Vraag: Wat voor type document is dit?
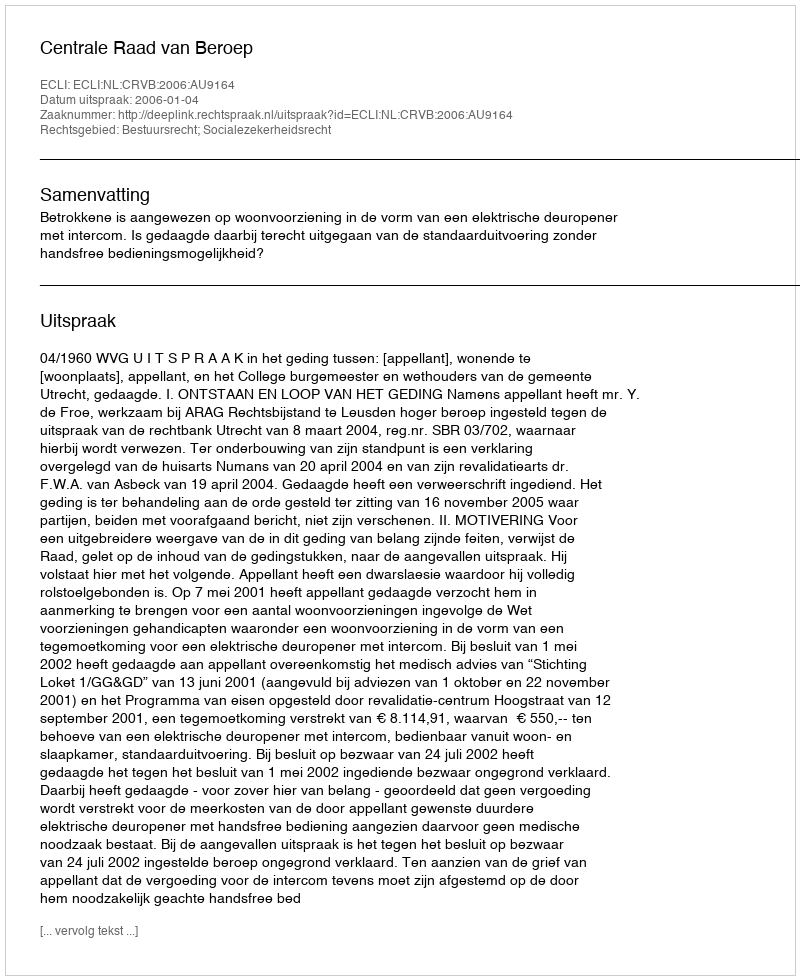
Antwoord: Uitspraak